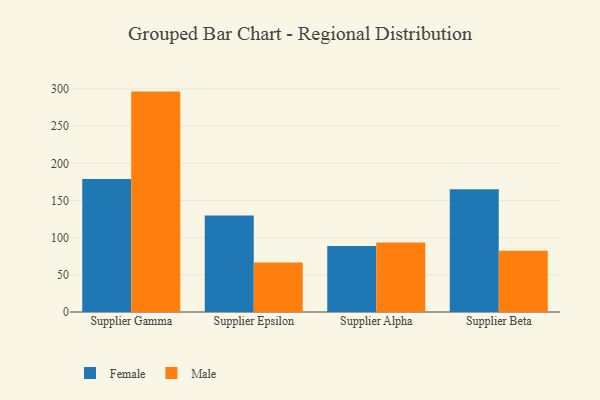
{"axis": {"x": "Supplier", "y": "Page Views"}, "legend": ["Female", "Male"], "data": [{"x": "Supplier Gamma", "y": 178.8, "type": "Female"}, {"x": "Supplier Gamma", "y": 296.5, "type": "Male"}, {"x": "Supplier Epsilon", "y": 129.9, "type": "Female"}, {"x": "Supplier Epsilon", "y": 66.6, "type": "Male"}, {"x": "Supplier Alpha", "y": 88.9, "type": "Female"}, {"x": "Supplier Alpha", "y": 93.4, "type": "Male"}, {"x": "Supplier Beta", "y": 165.2, "type": "Female"}, {"x": "Supplier Beta", "y": 82.4, "type": "Male"}]}